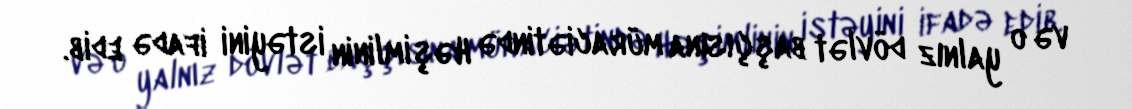
və o yalnız dövlət başçısına müraciətində Həşimlinin istəyini ifadə edib.